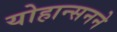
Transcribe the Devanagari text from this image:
योहान्सनने